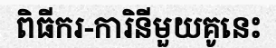
ពិធីករ-ការិនីមួយគូនេះ